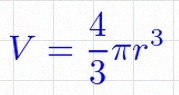
V=\frac43\pi r^3